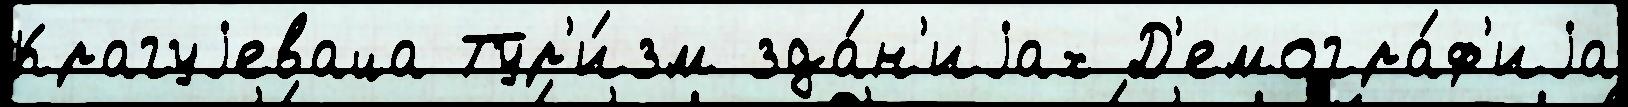
Крагуjеваца Тур'и́зм зда́н'иjах Д'емогра́ф'иjа